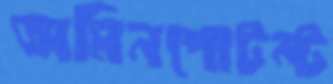
অমিনপোটন্ট